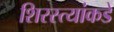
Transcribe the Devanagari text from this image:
शिरस्त्यांकडे